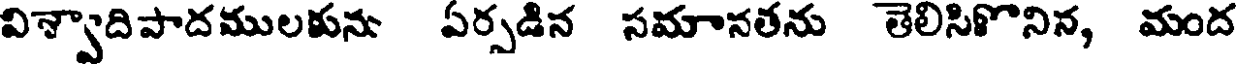
విశ్వాదిపాదములకును ఏర్పడిన సమానతను తెలిసిొనిన, మంద